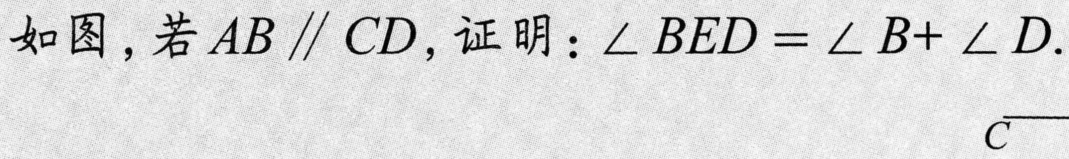
如图，若\(AB\parallel CD\)，证明：\(\angle BED=\angle B + \angle D\).